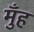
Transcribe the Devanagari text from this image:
मुँंह